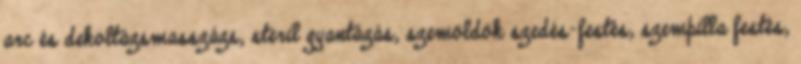
arc és dekoltázsmasszázs, steril gyantázás, szemöldök szedés-festés, szempilla festés,